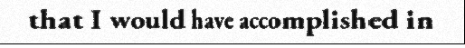
that I would have accomplished in